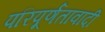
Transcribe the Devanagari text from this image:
परिपूर्णतावादी